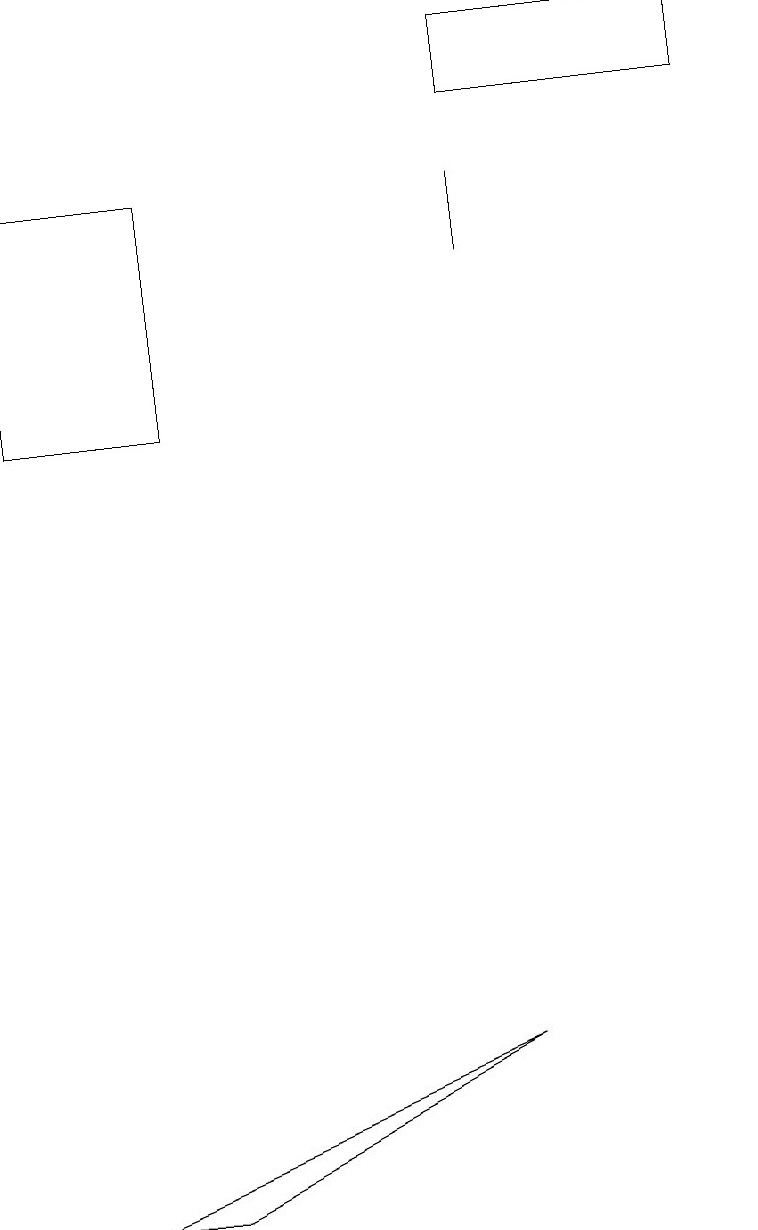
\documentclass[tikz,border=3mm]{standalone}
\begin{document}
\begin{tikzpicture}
\draw (2,17) rectangle (0,14);
\draw (2,4) -- (6,6) -- (1,4) -- cycle;
\draw (6,17) rectangle (6,16);
\draw (6,18) rectangle (9,19);
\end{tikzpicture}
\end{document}